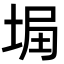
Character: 𡌞